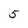
Character: 5